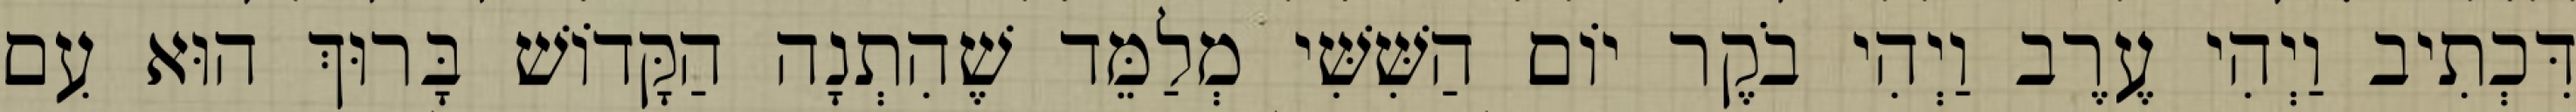
דִּכְתִיב וַיְהִי עֶרֶב וַיְהִי בֹקֶר יוֹם הַשִּׁשִּׁי מְלַמֵּד שֶׁהִתְנָה הַקָּדוֹשׁ בָּרוּךְ הוּא עִם